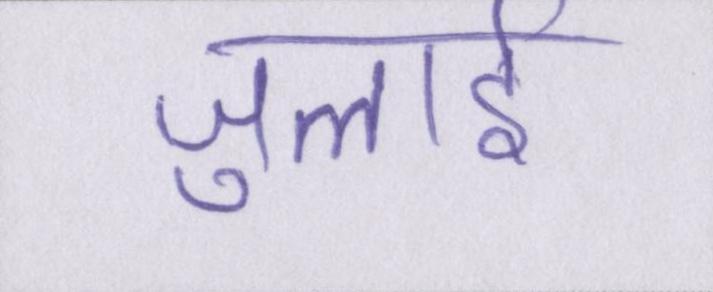
जुलाई